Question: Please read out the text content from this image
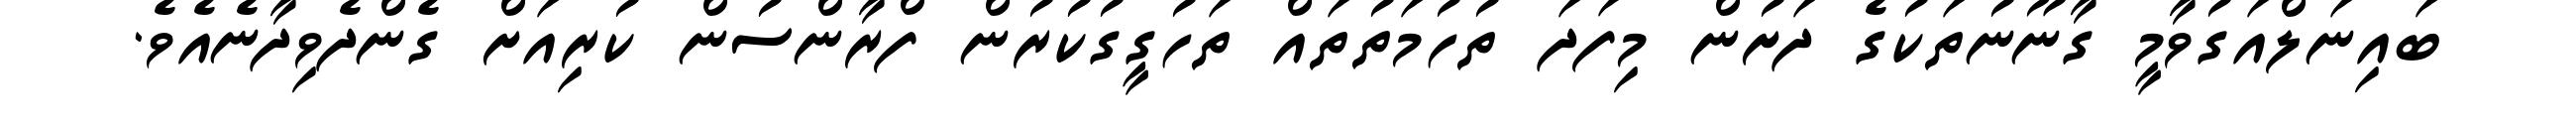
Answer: ބައިނަލްއަގުވާމީ ގާނޫނުތަކުގެ ދަށުން މިފަދަ ތުހުމަތުތައް ތަހުގީގުކުރުން ފްރާންސުން ކުރިއަށް ގެންދެވިދާނެއެވެ.